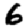
Digit: 6